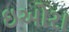
ઇઓરા